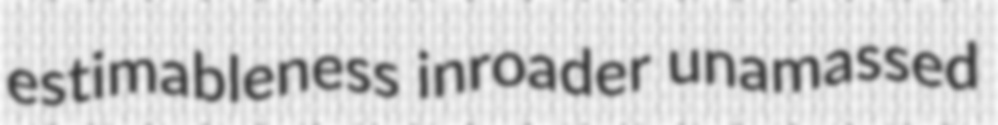
estimableness inroader unamassed